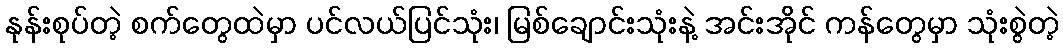
နုန်းစုပ်တဲ့ စက်တွေထဲမှာ ပင်လယ်ပြင်သုံး၊ မြစ်ချောင်းသုံးနဲ့ အင်းအိုင် ကန်တွေမှာ သုံးစွဲတဲ့